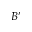
B ^ { \prime }